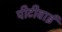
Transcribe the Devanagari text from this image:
पीटीवाई